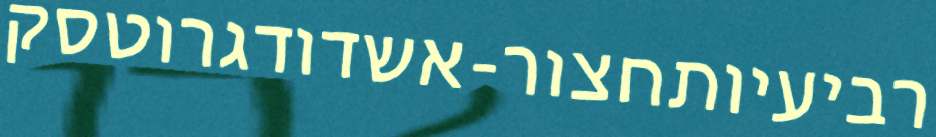
רביעיותחצור-אשדודגרוטסק